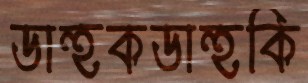
ডাহুকডাহুকি